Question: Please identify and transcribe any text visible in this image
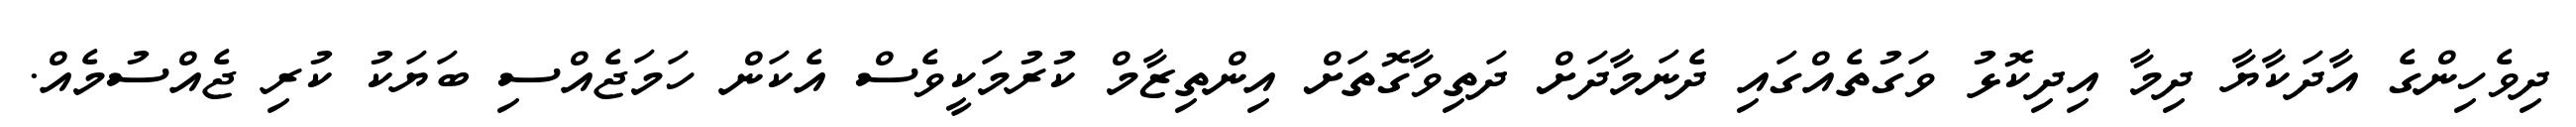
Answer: ދިވެހިންގެ އާދަކާޔާ ދިމާ އިދިކޮޅު ވަގުތެއްގައި ދެނަމާދަށް ދަތިވާގޮތަށް އިންތިޒާމް ކުރުމަކީވެސް އެކަން ހަމަޖެއްސި ބަޔަކު ކުރި ޖެއްސުމެއް.